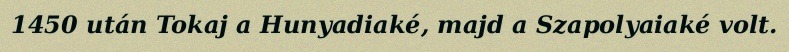
1450 után Tokaj a Hunyadiaké, majd a Szapolyaiaké volt.